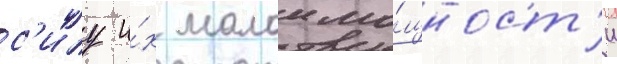
с'илу и́х малои мо́щност'и